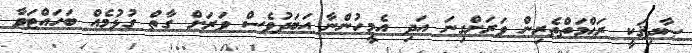
ޞާދިޤަކީ ރަޙްމަތްތެރިން ވަރަށްގިނަ އަދި އެމީހުންނާ އަބަދުވެސް ވަރަށް ގާތް ގުޅުމެއް ބަހައްޓަވާ